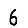
Digit: 6